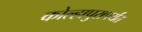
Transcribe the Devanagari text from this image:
कोल्हापुरापर्यंत